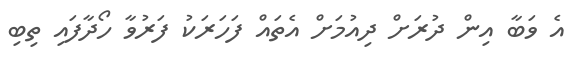
އެ ވަބާ އިން ދުރަށް ދިއުމަށް އެތައް ފަހަރަކު ފަރުވާ ހޯދާފައި ތިބި